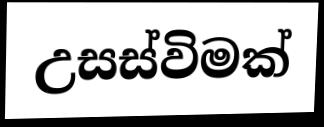
උසස්විමක්